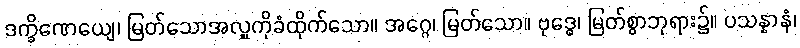
ဒက္ခိဏေယျေ၊ မြတ်သောအလှူကိုခံထိုက်သော။ အဂ္ဂေ၊ မြတ်သော။ ဗုဒ္ဓေ၊ မြတ်စွာဘုရား၌။ ပသန္နာနံ၊